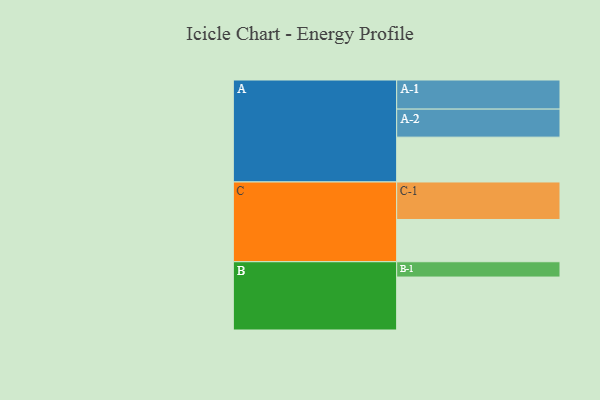
{"axis": {"x": "Segment", "y": "Value"}, "legend": ["", "A", "B", "C"], "data": [{"x": "A", "y": 331, "type": ""}, {"x": "B", "y": 391, "type": ""}, {"x": "C", "y": 312, "type": ""}, {"x": "A-1", "y": 215, "type": "A"}, {"x": "A-2", "y": 207, "type": "A"}, {"x": "B-1", "y": 113, "type": "B"}, {"x": "C-1", "y": 277, "type": "C"}]}